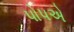
પોપએ